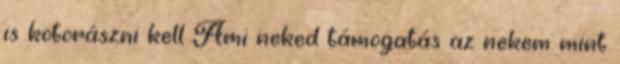
is kotorászni kell Ami neked támogatás az nekem mint